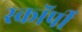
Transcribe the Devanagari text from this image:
स्काॅर्पी